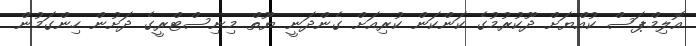
އޮލިމްޕަސް ކުއްޔަށް ދޫކުރުމުގެ ކަންކަން ކުރިއަށް ގެންދަނީ ޔޫތް މިނިސްޓްރީގެ ދަށުން ހިންގަމުން